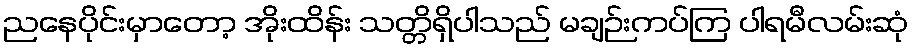
ညနေပိုင်းမှာတော့ အိုးထိန်း သတ္တိရှိပါသည် မချဉ်းကပ်ကြ ပါရမီလမ်းဆုံ